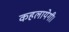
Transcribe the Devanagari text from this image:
कहलायेगी।